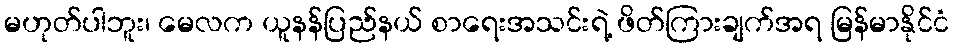
မဟုတ်ပါဘူး၊ မေလက ယူနန်ပြည်နယ် စာရေးအသင်းရဲ့ ဖိတ်ကြားချက်အရ မြန်မာနိုင်ငံ